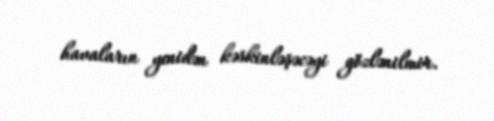
havaların yenidən kəskinləşəcəyi gözlənilmir.